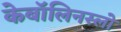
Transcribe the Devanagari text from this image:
केबॉलिनस्लो